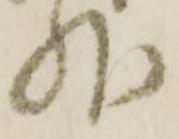
外